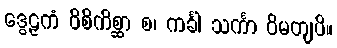
ဒွေဠှကံ ဝိစိကိစ္ဆာ စ၊ ကင်္ခါ သင်္ကာ ဝိမတျပိ။